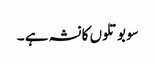
سو بوتلوں کا نشہ ہے ۔